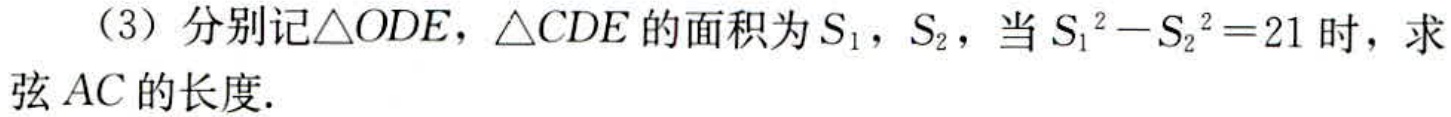
（3）分别记\(\triangle ODE\)，\(\triangle CDE\)的面积为\(S_{1}\)，\(S_{2}\)，当\(S_{1}^{2}-S_{2}^{2}=21\)时，求弦\(AC\)的长度.